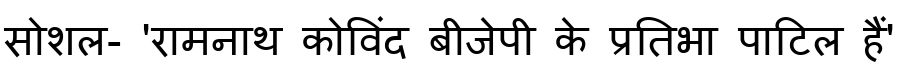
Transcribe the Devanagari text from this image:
सोशल- 'रामनाथ कोविंद बीजेपी के प्रतिभा पाटिल हैं'